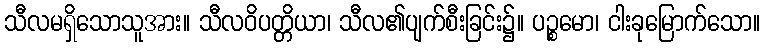
သီလမရှိသောသူအား။ သီလဝိပတ္တိယာ၊ သီလ၏ပျက်စီးခြင်း၌။ ပဉ္စမော၊ ငါးခုမြောက်သော။